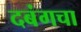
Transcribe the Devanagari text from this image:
दबंगचा